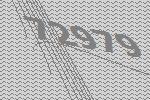
72979